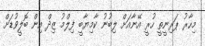
މިހާރު ޕަރިނީތީ ހުރީ އޭނާއަށް ލިބުނު ކާމިޔާބީ ފިލްމު ޒިދް އިން ބޮލީވުޑަށް